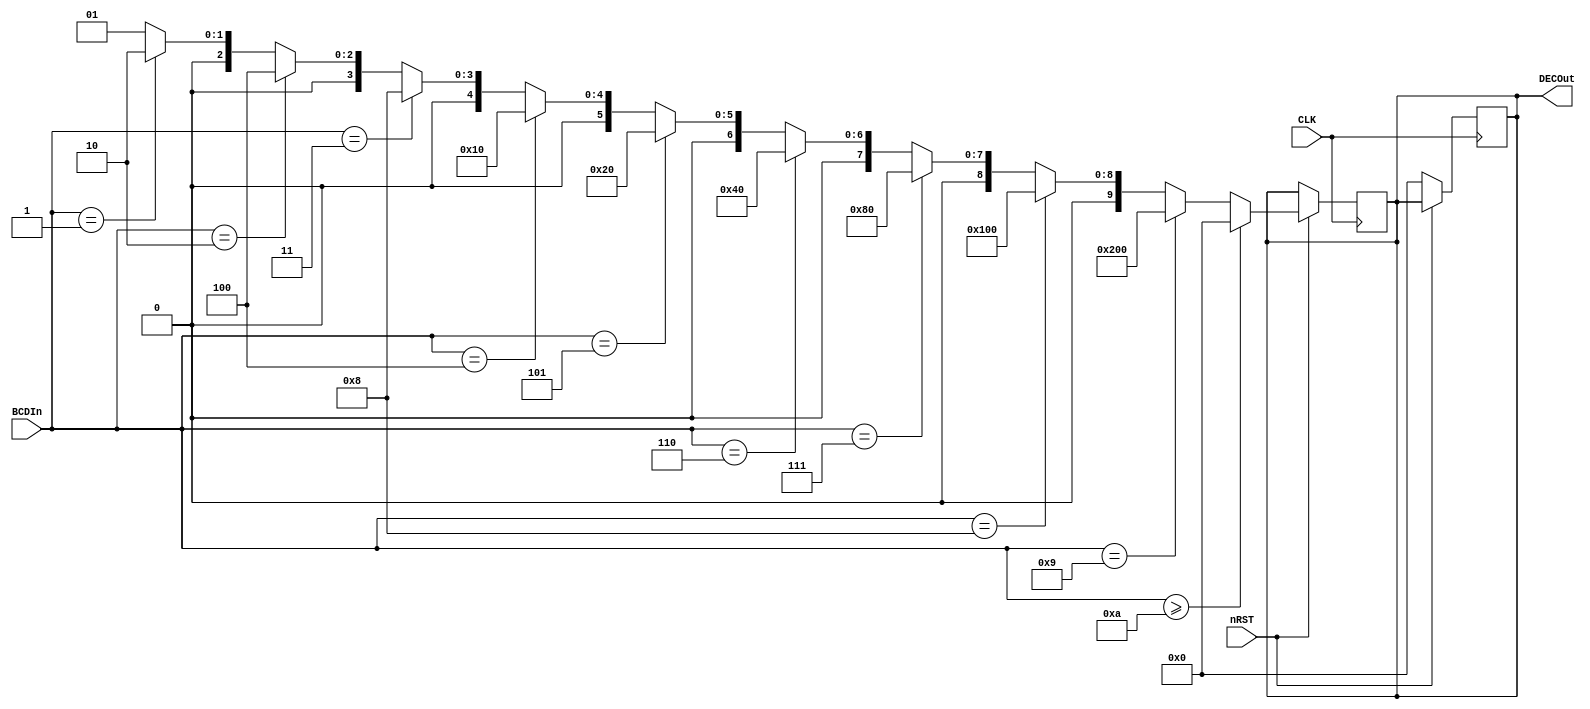
`timescale 1ns / 1ps
//////////////////////////////////////////////////////////////////////////////////
// Company: 
// Engineer: 
// 
// Design Name: 
// Module Name: BCDtoDecimalBeh
// Project Name: 
// Target Devices: 
// Tool Versions: 
// Description: 
// 
// Dependencies: 
// 
// Revision:
// Revision 0.01 - File Created
// Additional Comments:
// 
//////////////////////////////////////////////////////////////////////////////////


module BCDtoDecimalBeh(BCDIn, CLK, nRST, DECOut);

input [3:0] BCDIn;
input CLK, nRST;

output [9:0] DECOut;
reg [9:0] DECOut;

always @ (negedge CLK)
begin
    if(nRST == 0)
    begin
        DECOut = 10'b0000000000;
    end
end

always @ (posedge CLK)
begin
    if(nRST == 1)
    begin
    if(BCDIn >= 10)
        DECOut = 10'b0000000000;
    else if(BCDIn == 9)
        DECOut = 10'b1000000000;
    else if(BCDIn == 8)
        DECOut = 10'b0100000000;
    else if(BCDIn == 7)
        DECOut = 10'b0010000000;
    else if(BCDIn == 6)
        DECOut = 10'b0001000000;
    else if(BCDIn == 5)
        DECOut = 10'b0000100000;
    else if(BCDIn == 4)
        DECOut = 10'b0000010000;
    else if(BCDIn == 3)
        DECOut = 10'b0000001000;
    else if(BCDIn == 2)
        DECOut = 10'b0000000100;
    else if(BCDIn == 1)
        DECOut = 10'b0000000010;
    else
        DECOut = 10'b0000000001;
    end
end
endmodule